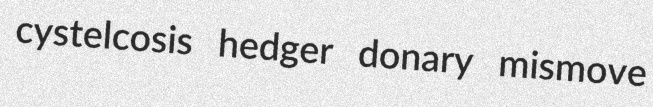
cystelcosis hedger donary mismove